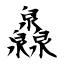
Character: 灥